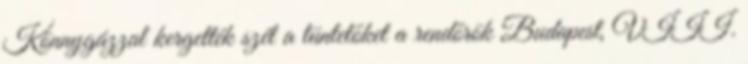
Könnygázzal kergették szét a tüntetőket a rendőrök Budapest, VIII.